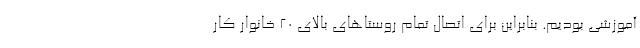
آموزشی بودیم. بنابراین برای اتصال تمام روستاهای بالای ۲۰ خانوار کار